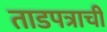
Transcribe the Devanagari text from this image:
ताडपत्राची